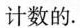
计数的.